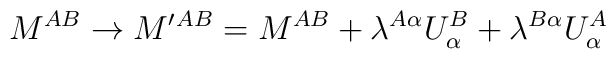
M^{AB}\to M'{}^{AB}=M^{AB}+\lambda^{A\alpha}U^B_\alpha                          +\lambda^{B\alpha}U^A_\alpha